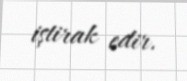
iştirak edir.